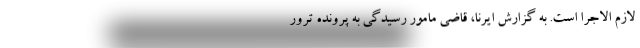
لازم الاجرا است. به گزارش ایرنا، قاضی مامور رسیدگی به پرونده ترور